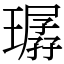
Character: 㻵